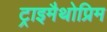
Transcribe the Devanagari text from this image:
ट्राइमैथोप्रिम